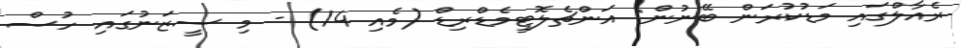
ރެއާލްގައި މަޑުކުރަން ބޭނުން: އަންޗެލޮޓީމެޑްރިޑް (މެއި 14) - މި ސީޒަނުގައި ހުސް